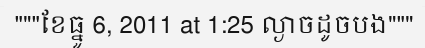
"""ខែធ្នូ 6, 2011 at 1:25 ល្ងាចដូចបង"""